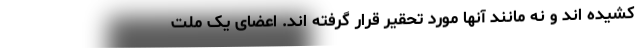
کشیده اند و نه مانند آنها مورد تحقیر قرار گرفته اند. اعضای یک ملت